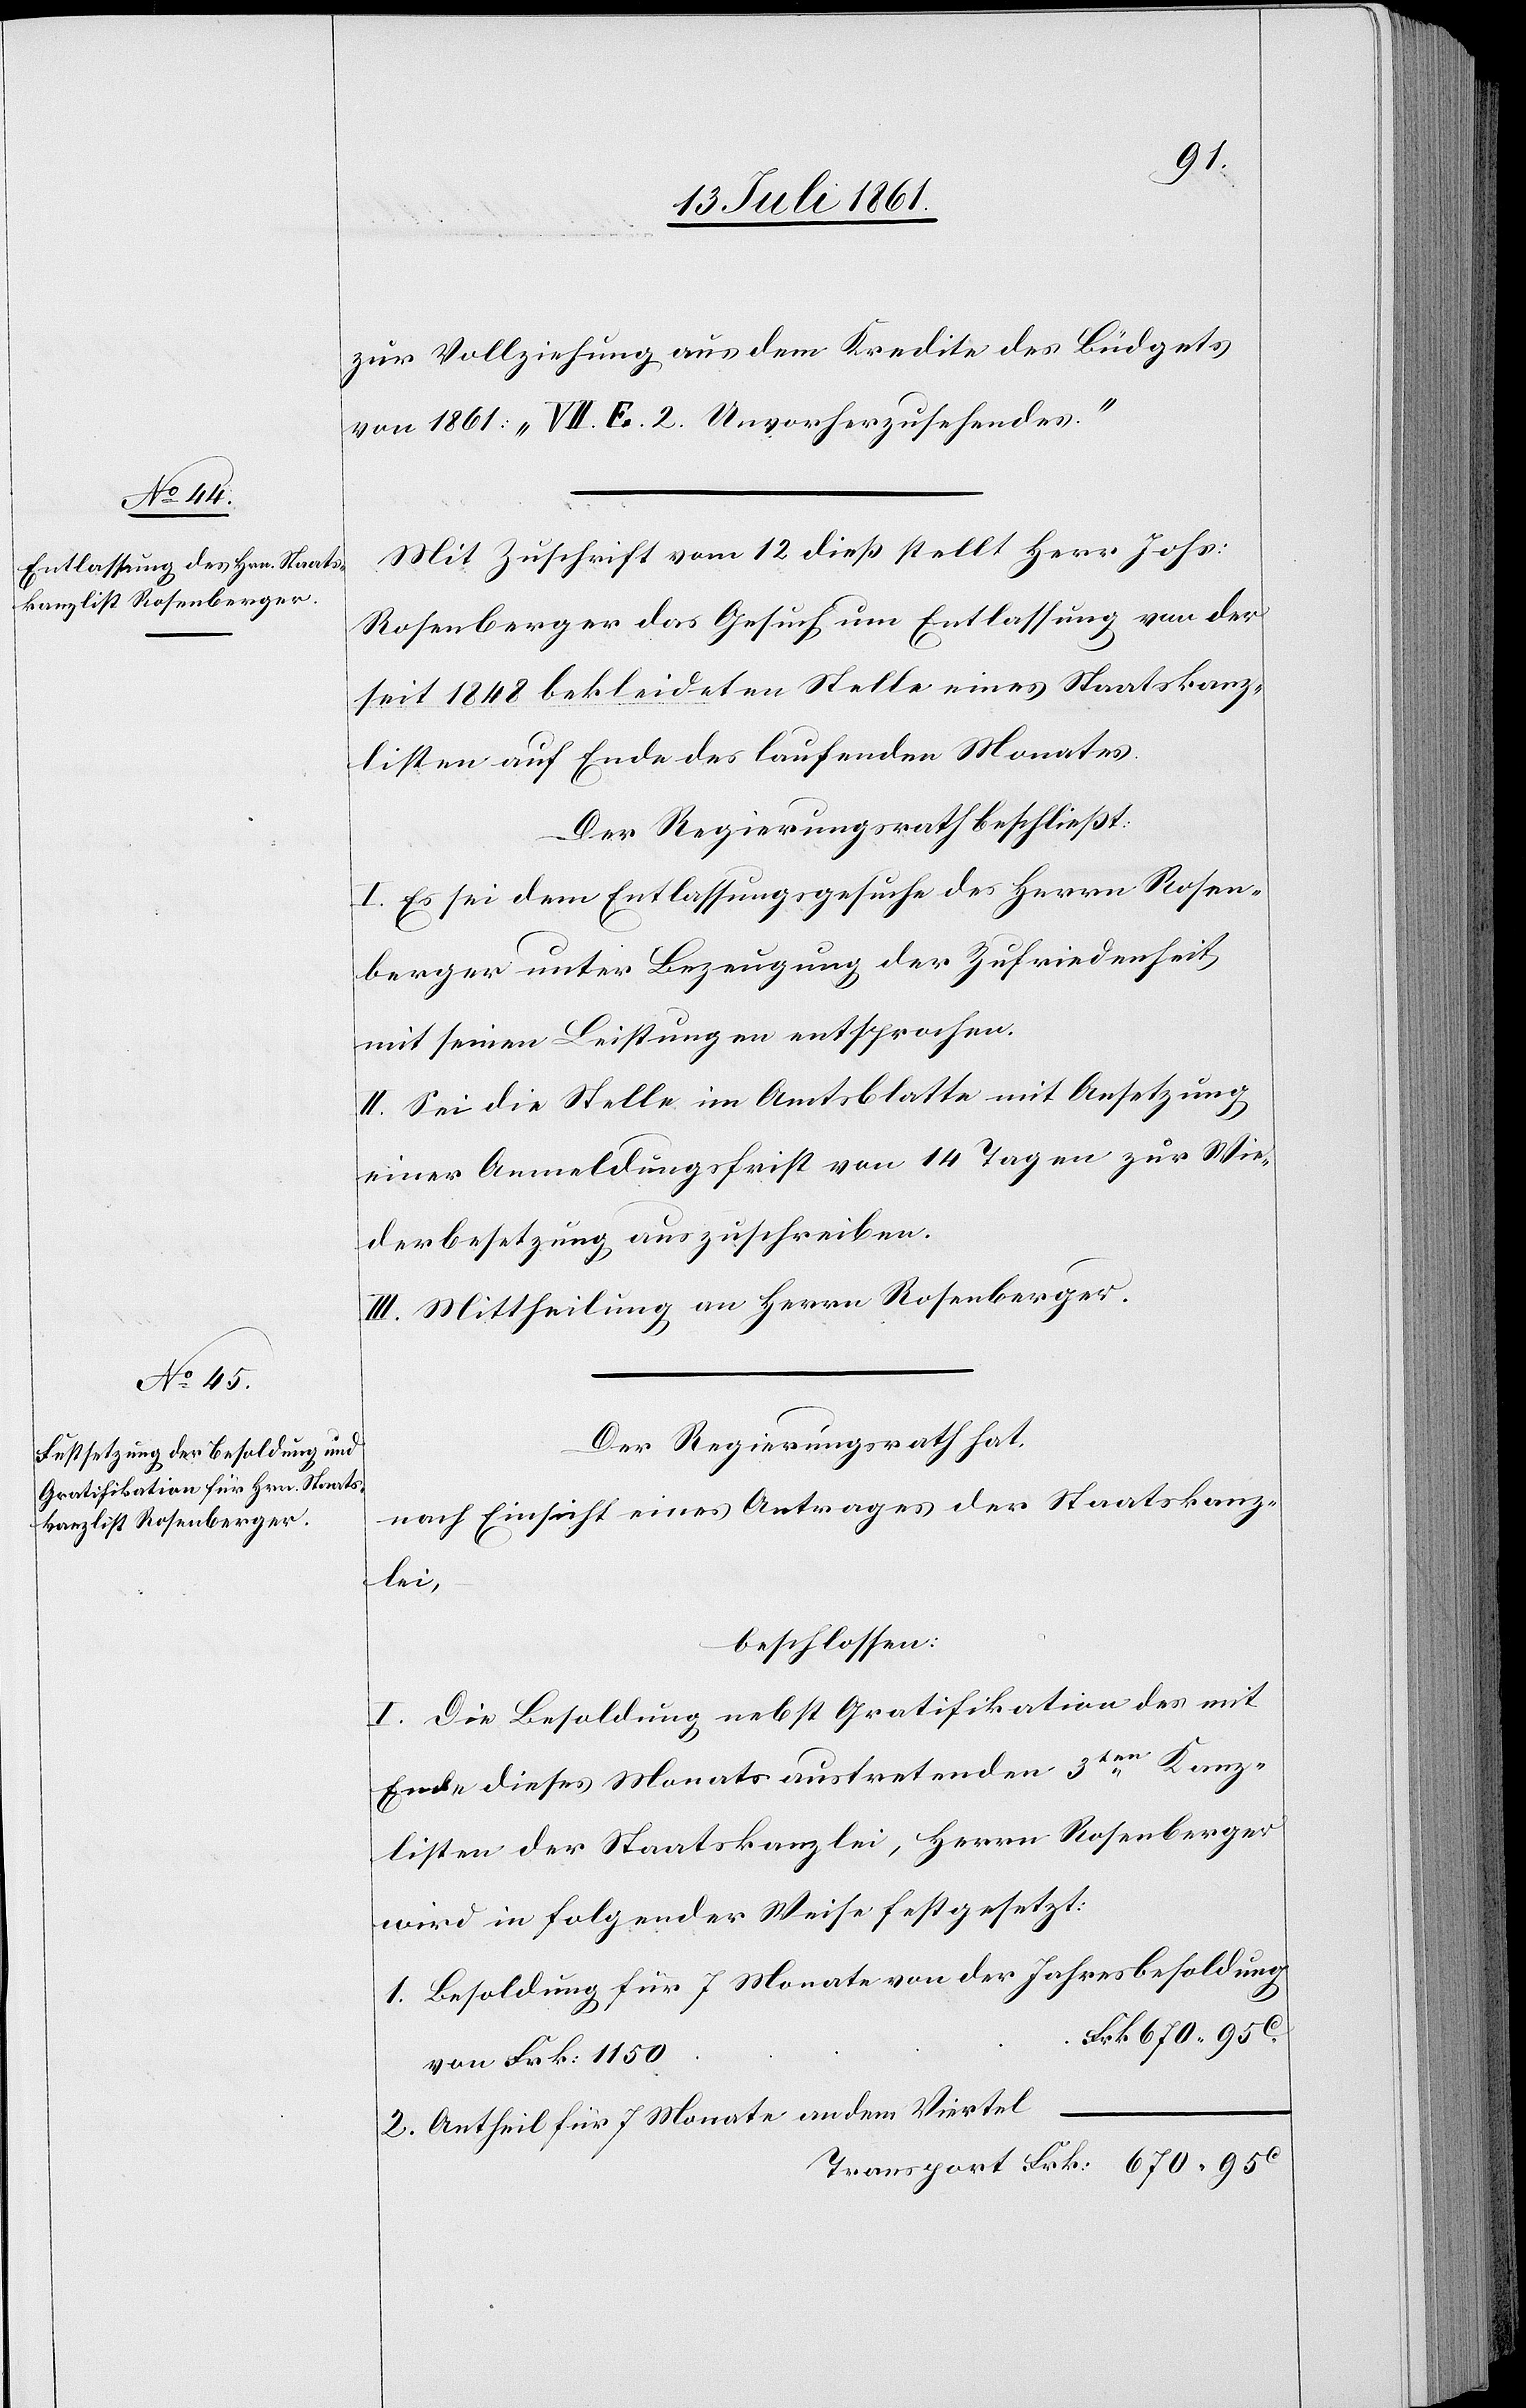
zur Vollziehung aus dem Kredite des Büdgets
von 1861: „VII E. 2. Unvorherzusehendes.“
Mit Zuschrift vom 12 dieß stellt Herr Johs:
Rosenberger das Gesuch um Entlassung von der
seit 1848 bekleideten Stelle eines Staatskanz¬
listen auf Ende des laufenden Monats.
Der Regierungsrath beschließt:
I. Es sei dem Entlassungsgesuche des Herrn Rosen¬
berger unter Bezeugung der Zufriedenheit
mit seinen Leistungen entsprochen.
II. Sei die Stelle im Amtsblatte mit Ansetzung
einer Anmeldungsfrist von 14 Tagen zur Wie¬
derbesetzung auszuschreiben.
III. Mittheilung an Herrn Rosenberger.
Der Regierungsrath hat,
nach Einsicht eines Antrages der Staatskanz¬
lei,
beschlossen:
I. Die Besoldung nebst Gratifikation des mit
Ende dieses Monats austretenden 3ten Kanz¬
listen der Staatskanzlei, Herrn Rosenberger
wird in folgender Weise festgesetzt:
1. Besoldung für 7 Monate von der Jahresbesoldung
rk. 670.95 c
von Frk. 1150	F¬
2. Antheil für 7 Monate an dem Viertel